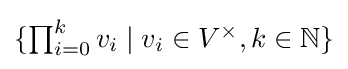
\textstyle \{\prod _{i=0}^{k}v_{i}\mid v_{i}\in V^{\times },k\in \mathbb {N} \}